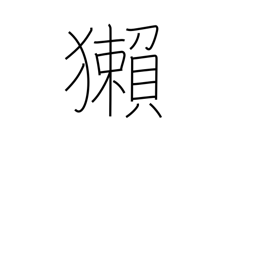
Meaning: otter